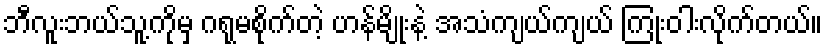
ဘီလူးဘယ်သူ့ကိုမှ ဂရုမစိုက်တဲ့ ဟန်မျိုးနဲ့ အသံကျယ်ကျယ် ကြုံးဝါးလိုက်တယ်။